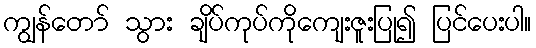
ကျွန်တော် သွား ချိပ်ကုပ်ကိုကျေးဇူးပြု၍ ပြင်ပေးပါ။